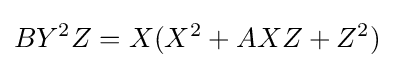
BY^{2}Z=X(X^{2}+AXZ+Z^{2})